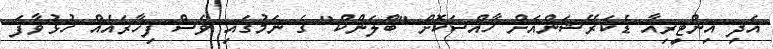
އަދި އިންޓީރިއާ ޑެކަރޭޝަންއަށް ހާއްސަކޮށް "ބްލަންކް" ގެ ނަމުގައި ވެސް ފިހާރައެއް ހުޅުވާފަ